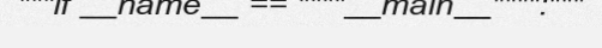
"""if __name__ == """"__main__"""":"""